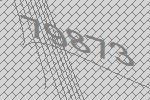
79873